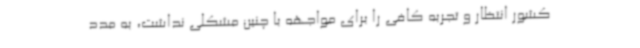
کشور انتظار و تجربه کافی را برای مواجهه با چنین مشکلی نداشت، به مدد